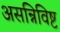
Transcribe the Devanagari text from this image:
असन्निविष्ट